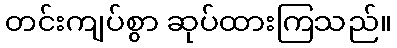
တင်းကျပ်စွာ ဆုပ်ထားကြသည်။